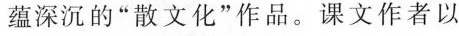
蕴深沉的”散文化”作品。课文作者以